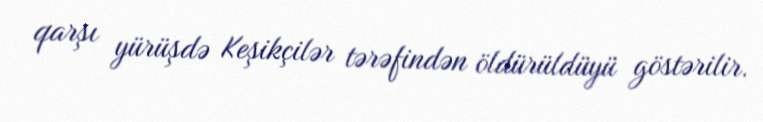
qarşı yürüşdə Keşikçilər tərəfindən öldürüldüyü göstərilir.